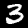
Digit: 3